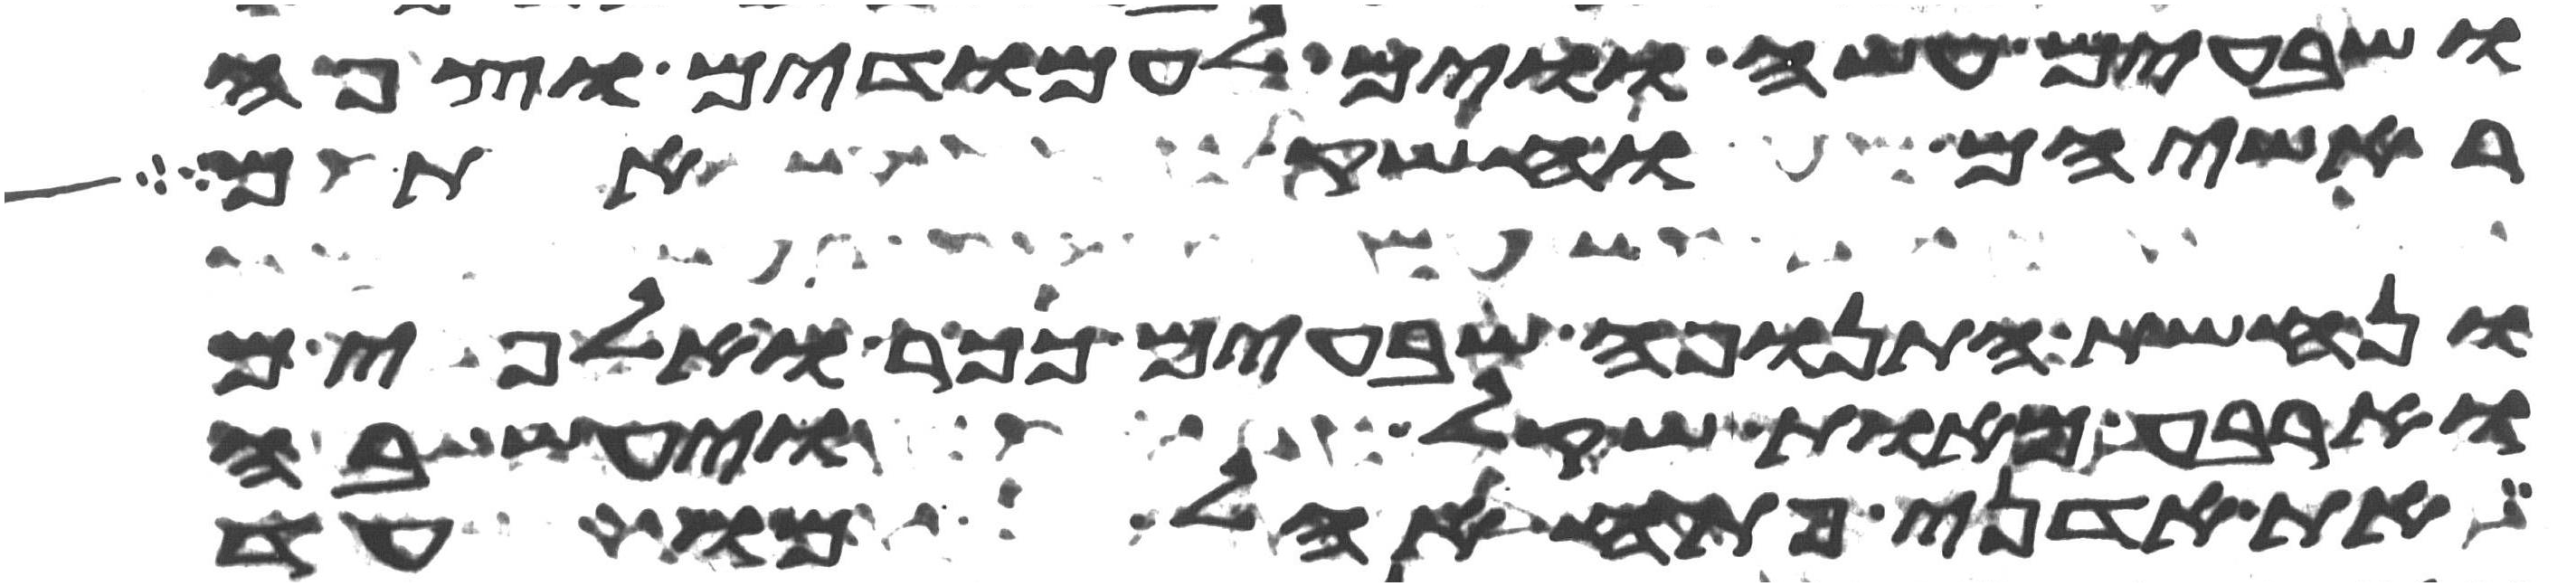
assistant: ושבעים עשה ווים לעמודים וצפה
ראשיהם וחשק אתם
ונחשת התנופה שבעים ככר ואלפים
וארבע מאות שקל ויעש בה
את אדני פתח אהל מועד